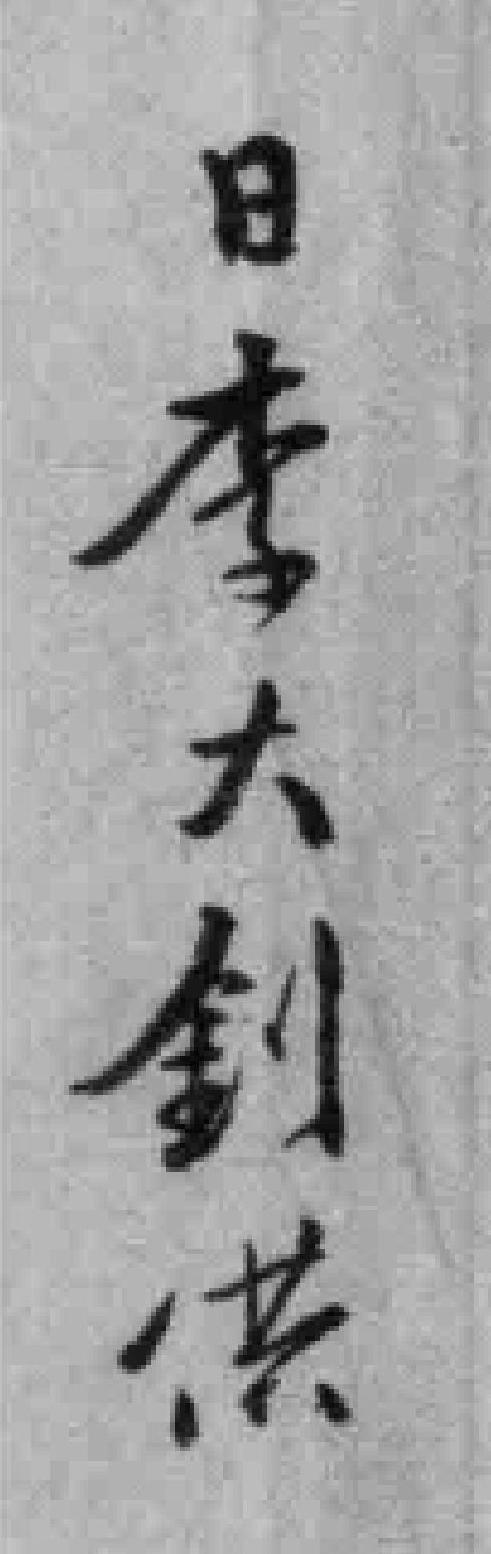
日李大釗供